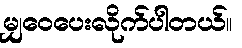
မျှ၀ေပေးလိုက်ပါတယ်။